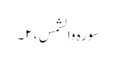
سورہ والشمس ، ۲۔